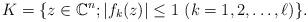
LaTeX: \begin{align*}K = \{z \in \mathbb C^n; |f_k(z)| \le 1\,\, (k=1,2,\dots,\ell)\}.\end{align*}